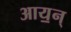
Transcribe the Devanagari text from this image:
आय॒न्